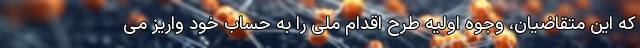
که این متقاضیان، وجوه اولیه طرح اقدام ملی را به حساب خود واریز می